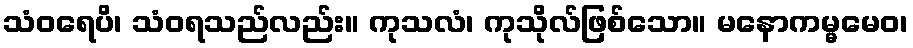
သံဝရေပိ၊ သံဝရသည်လည်း။ ကုသလံ၊ ကုသိုလ်ဖြစ်သော။ မနောကမ္မမေဝ၊